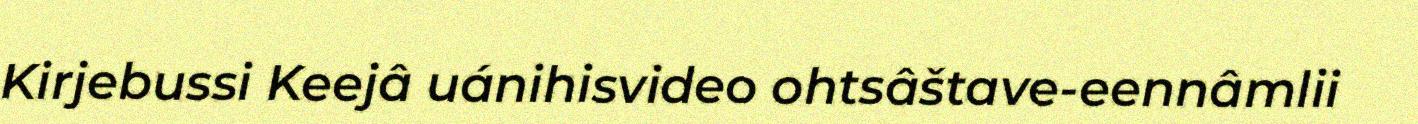
Kirjebussi Keejâ uánihisvideo ohtsâštave-eennâmlii